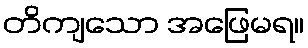
တိကျသော အဖြေမရ။